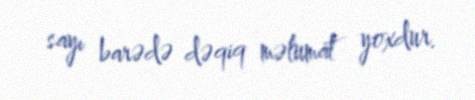
sayı barədə dəqiq məlumat yoxdur.